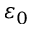
\varepsilon _ { 0 }